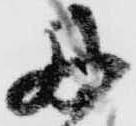
丹